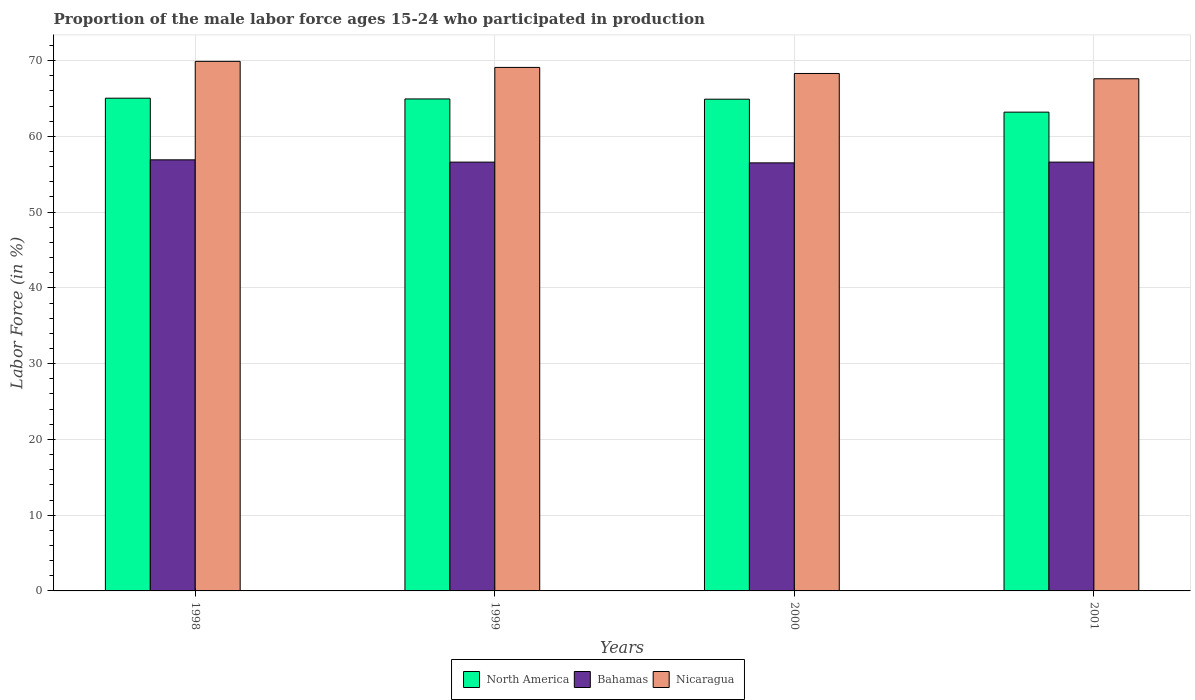
| Years | North America | Bahamas | Nicaragua |
 | --- | --- | --- | --- |
 | 1998 | 65 | 56.9 | 69.9 |
 | 1999 | 64.9 | 56.6 | 69.1 |
 | 2000 | 64.9 | 56.5 | 68.3 |
 | 2001 | 63.2 | 56.6 | 67.6 |